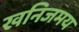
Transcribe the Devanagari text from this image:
खनिजमय